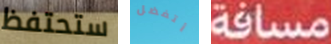
ستحتفظ أتفضل مسافة